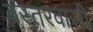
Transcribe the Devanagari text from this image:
बस्तरवासी